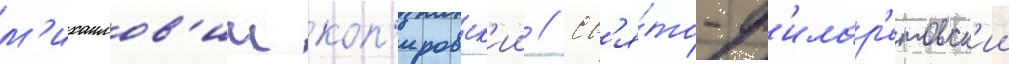
м'ихаилов'ич коп'ировск'ии // Св'я́то-ф'илар'етовск'ии